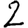
Digit: 2